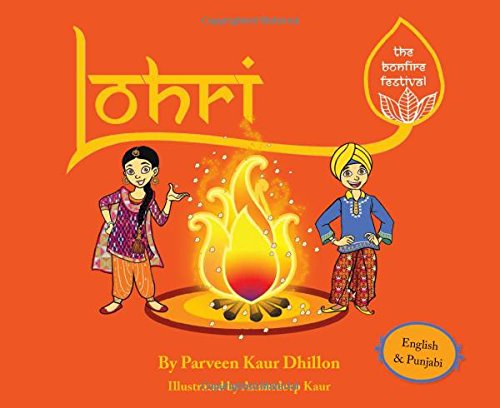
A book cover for Lohri: The Bonfire Festival (English and Punjabi Edition); Parveen Kaur Dhillon; Religion & Spirituality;